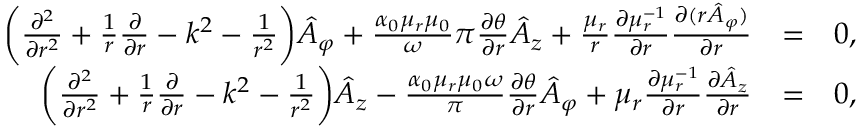
\begin{array} { r l r } { \bigg ( \frac { \partial ^ { 2 } } { \partial r ^ { 2 } } + \frac { 1 } { r } \frac { \partial } { \partial r } - k ^ { 2 } - \frac { 1 } { r ^ { 2 } } \bigg ) \hat { A } _ { \varphi } + \frac { \alpha _ { 0 } \mu _ { r } \mu _ { 0 } } \omega { \pi } \frac { \partial \theta } { \partial r } \hat { A } _ { z } + \frac { \mu _ { r } } { r } \frac { \partial \mu _ { r } ^ { - 1 } } { \partial r } \frac { \partial ( r \hat { A } _ { \varphi } ) } { \partial r } } & { = } & { 0 , } \\ { \bigg ( \frac { \partial ^ { 2 } } { \partial r ^ { 2 } } + \frac { 1 } { r } \frac { \partial } { \partial r } - k ^ { 2 } - \frac { 1 } { r ^ { 2 } } \bigg ) \hat { A } _ { z } - \frac { \alpha _ { 0 } \mu _ { r } \mu _ { 0 } \omega } { \pi } \frac { \partial \theta } { \partial r } \hat { A } _ { \varphi } + \mu _ { r } \frac { \partial \mu _ { r } ^ { - 1 } } { \partial r } \frac { \partial \hat { A } _ { z } } { \partial r } } & { = } & { 0 , } \end{array}